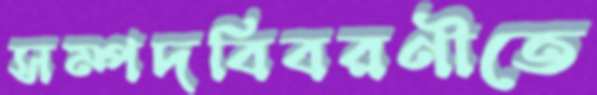
সম্পদবিবরণীতে